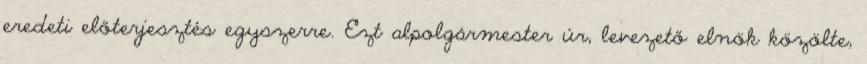
eredeti előterjesztés egyszerre. Ezt alpolgármester úr, levezető elnök közölte,